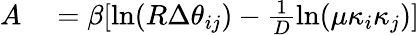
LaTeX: \begin{array}{rl}{A}&{{}=\beta[\ln(R\Delta\theta_{ij})-\frac{1}{D}\ln(\mu\kappa_{i}\kappa_{j})]}\end{array}